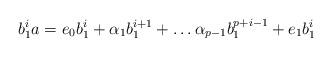
LaTeX: \begin{align*} b_1^i a= e_0b_1^i +\alpha_1b_1^{i+1} + \ldots \alpha_{p-1}b_1^{p+i-1}+e_1b_1^{i} \end{align*}